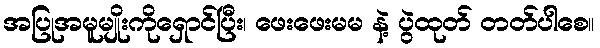
အပြုအမူမျိုးကိုရှောင်ပြီး၊ ဖေးဖေးမမ နဲ့ ပွဲထုတ် တတ်ပါစေ။